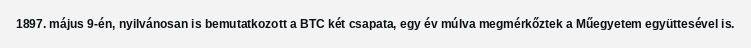
1897. május 9-én, nyilvánosan is bemutatkozott a BTC két csapata, egy év múlva megmérkőztek a Műegyetem együttesével is.